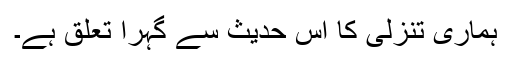
ہماری تنزلی کا اس حدیث سے گہرا تعلق ہے۔